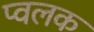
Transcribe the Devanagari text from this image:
प्वलक